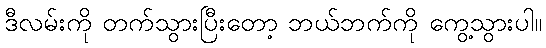
ဒီလမ်းကို တက်သွားပြီးတော့ ဘယ်ဘက်ကို ကွေ့သွားပါ။